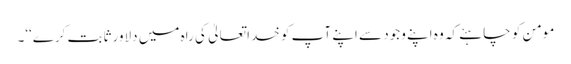
مومن کو چاہئے کہ وہ اپنے وجود سے اپنے آپ کو خدا تعالیٰ کی راہ میں دلاور ثابت کرے‘‘۔